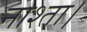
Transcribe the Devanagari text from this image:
नाश्ता।